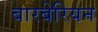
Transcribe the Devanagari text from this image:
बारबेरियन